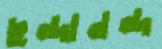
ছন্দানন্দ